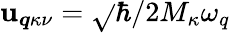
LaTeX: \mathbf{u}_{\boldsymbol{q}\kappa\nu}=\sqrt{}{{\hbar/2M_{\kappa}\omega_{q}}}